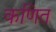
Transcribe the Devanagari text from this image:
कणित